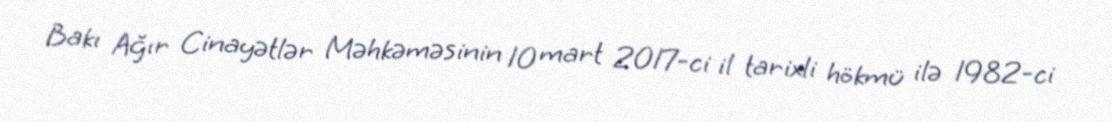
Bakı Ağır Cinayətlər Məhkəməsinin 10 mart 2017-ci il tarixli hökmü ilə 1982-ci